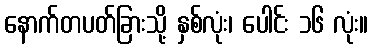
နောက်တပတ်ခြားသို့ နှစ်လုံး၊ ပေါင်း ၁၆ လုံး။